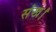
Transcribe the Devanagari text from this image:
संख।